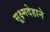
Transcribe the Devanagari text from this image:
सूक्ष्मदेहाने